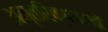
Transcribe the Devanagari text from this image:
अन्तरिक्षयानों